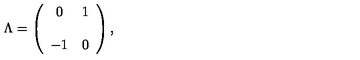
\Lambda = \left( \begin{array} { c c } { 0 } & { 1 } \\ { } & { } \\ { - 1 } & { 0 } \\ \end{array} \right) ,